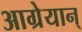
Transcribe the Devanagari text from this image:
आग्रेयान्